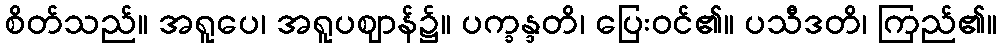
စိတ်သည်။ အရူပေ၊ အရူပဈာန်၌။ ပက္ခန္ဒတိ၊ ပြေးဝင်၏။ ပသီဒတိ၊ ကြည်၏။